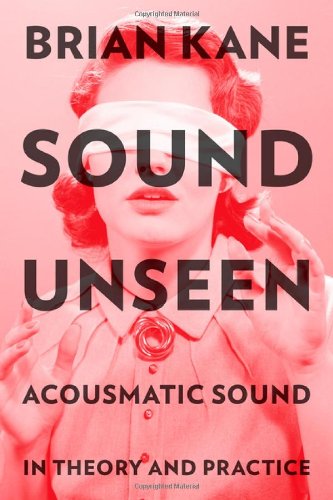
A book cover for Sound Unseen: Acousmatic Sound in Theory and Practice; Brian Kane; Science & Math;